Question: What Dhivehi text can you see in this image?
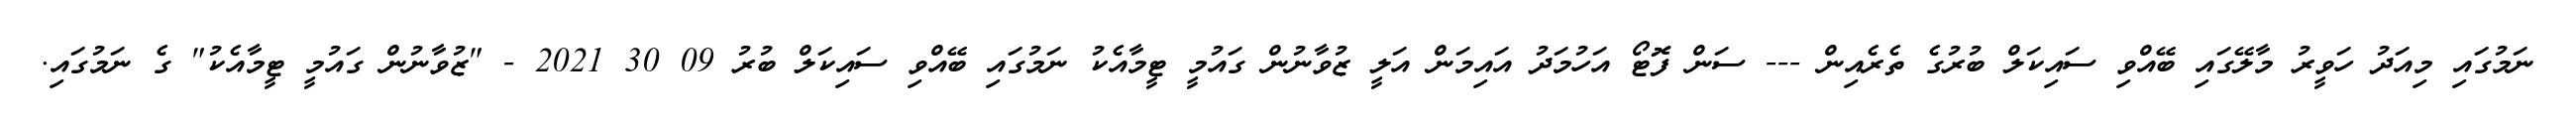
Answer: ނަމުގައި މިއަދު ހަވީރު މާލޭގައި ބޭއްވި ސައިކަލް ބުރުގެ ތެރެއިން --- ސަން ފޮޓޯ އަހުމަދު އައިމަން އަލީ ޒުވާނުން ގައުމީ ޓީމާއެކު ނަމުގައި ބޭއްވި ސައިކަލް ބުރު 09 30 2021 - "ޒުވާނުން ގައުމީ ޓީމާއެކު" ގެ ނަމުގައި.